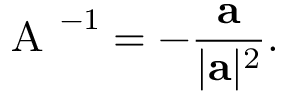
{ \textsc { A } } ^ { - 1 } = - \frac { \mathbf { a } } { \vert \mathbf { a } \vert ^ { 2 } } .